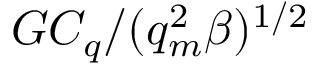
G C _ { q } / ( q _ { m } ^ { 2 } \beta ) ^ { 1 / 2 }